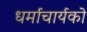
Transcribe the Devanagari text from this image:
धर्माचार्यको